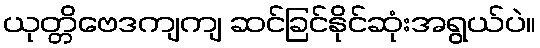
ယုတ္တိဗေဒကျကျ ဆင်ခြင်နိုင်ဆုံးအရွယ်ပဲ။